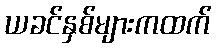
ယခင်နှစ်များကထက်